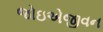
જોઇએજીવન